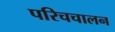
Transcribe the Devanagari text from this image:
परिचचालन